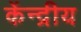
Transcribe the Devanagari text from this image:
केंन्‍द्रीय